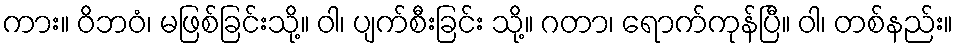
ကား။ ဝိဘဝံ၊ မဖြစ်ခြင်းသို့။ ဝါ၊ ပျက်စီးခြင်း သို့။ ဂတာ၊ ရောက်ကုန်ပြီ။ ဝါ၊ တစ်နည်း။